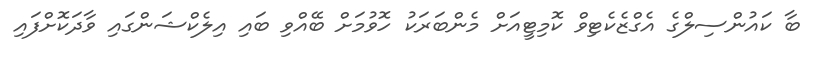
ބާ ކައުންސިލްގެ އެގްޒެކެޓިވް ކޮމިޓީއަށް މެންބަރަކު ހޮވުމަށް ބޭއްވި ބައި އިލެކްޝަންގައި ވާދަކޮށްފައި